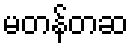
မတန်တဆ